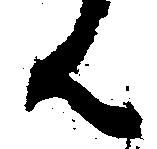
ん